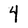
Character: 4